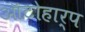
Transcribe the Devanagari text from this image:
ऑटोहार्प